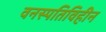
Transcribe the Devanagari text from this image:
वनस्पतिविहीन